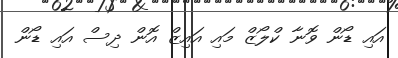
އައި ޑޯން ވޮނާ ކްލޯޒް މައި އައިޒް އޮން ދިސް އައި ޑޯން